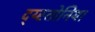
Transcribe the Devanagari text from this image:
द्य्स्तोनिया